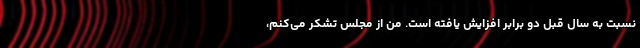
نسبت به سال قبل دو برابر افزایش یافته است. من از مجلس تشکر می‌کنم،